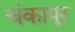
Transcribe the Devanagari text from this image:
चंकापूर